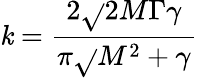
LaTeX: \mathit{k}={\frac{{2{\sqrt{}{{2}}}M\Gamma\gamma}}{{\pi{\sqrt{}{{M^{2}+\gamma}}}}}}~~~